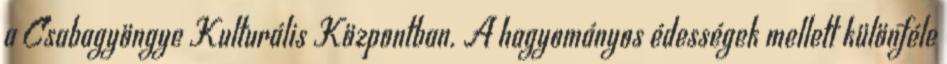
a Csabagyöngye Kulturális Központban. A hagyományos édességek mellett különféle